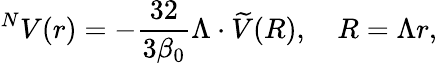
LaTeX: ^NV(r)=-\frac{32}{3\beta_{0}}\Lambda\cdot\widetilde{V}(R),\quad R=\Lambda r,